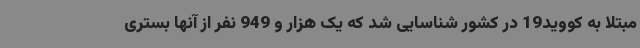
مبتلا به کووید19 در کشور شناسایی شد که یک هزار و 949 نفر از آنها بستری